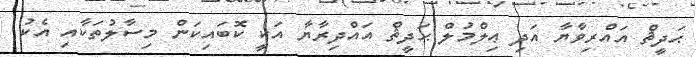
ޙަދީޘް އައްރިވާޔާ އަދި ޢިލްމުލް ޙަދީޘް އައްދިރާޔާ އަކީ ކޮބައިކަން މިސާލުތަކާއި އެކު